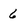
Character: 6